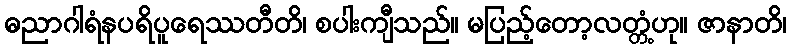
ဓညာဂါရံနပရိပူရေဿတီတိ၊ စပါးကျီသည်။ မပြည့်တော့လတ္တံ့ဟု။ ဇာနာတိ၊